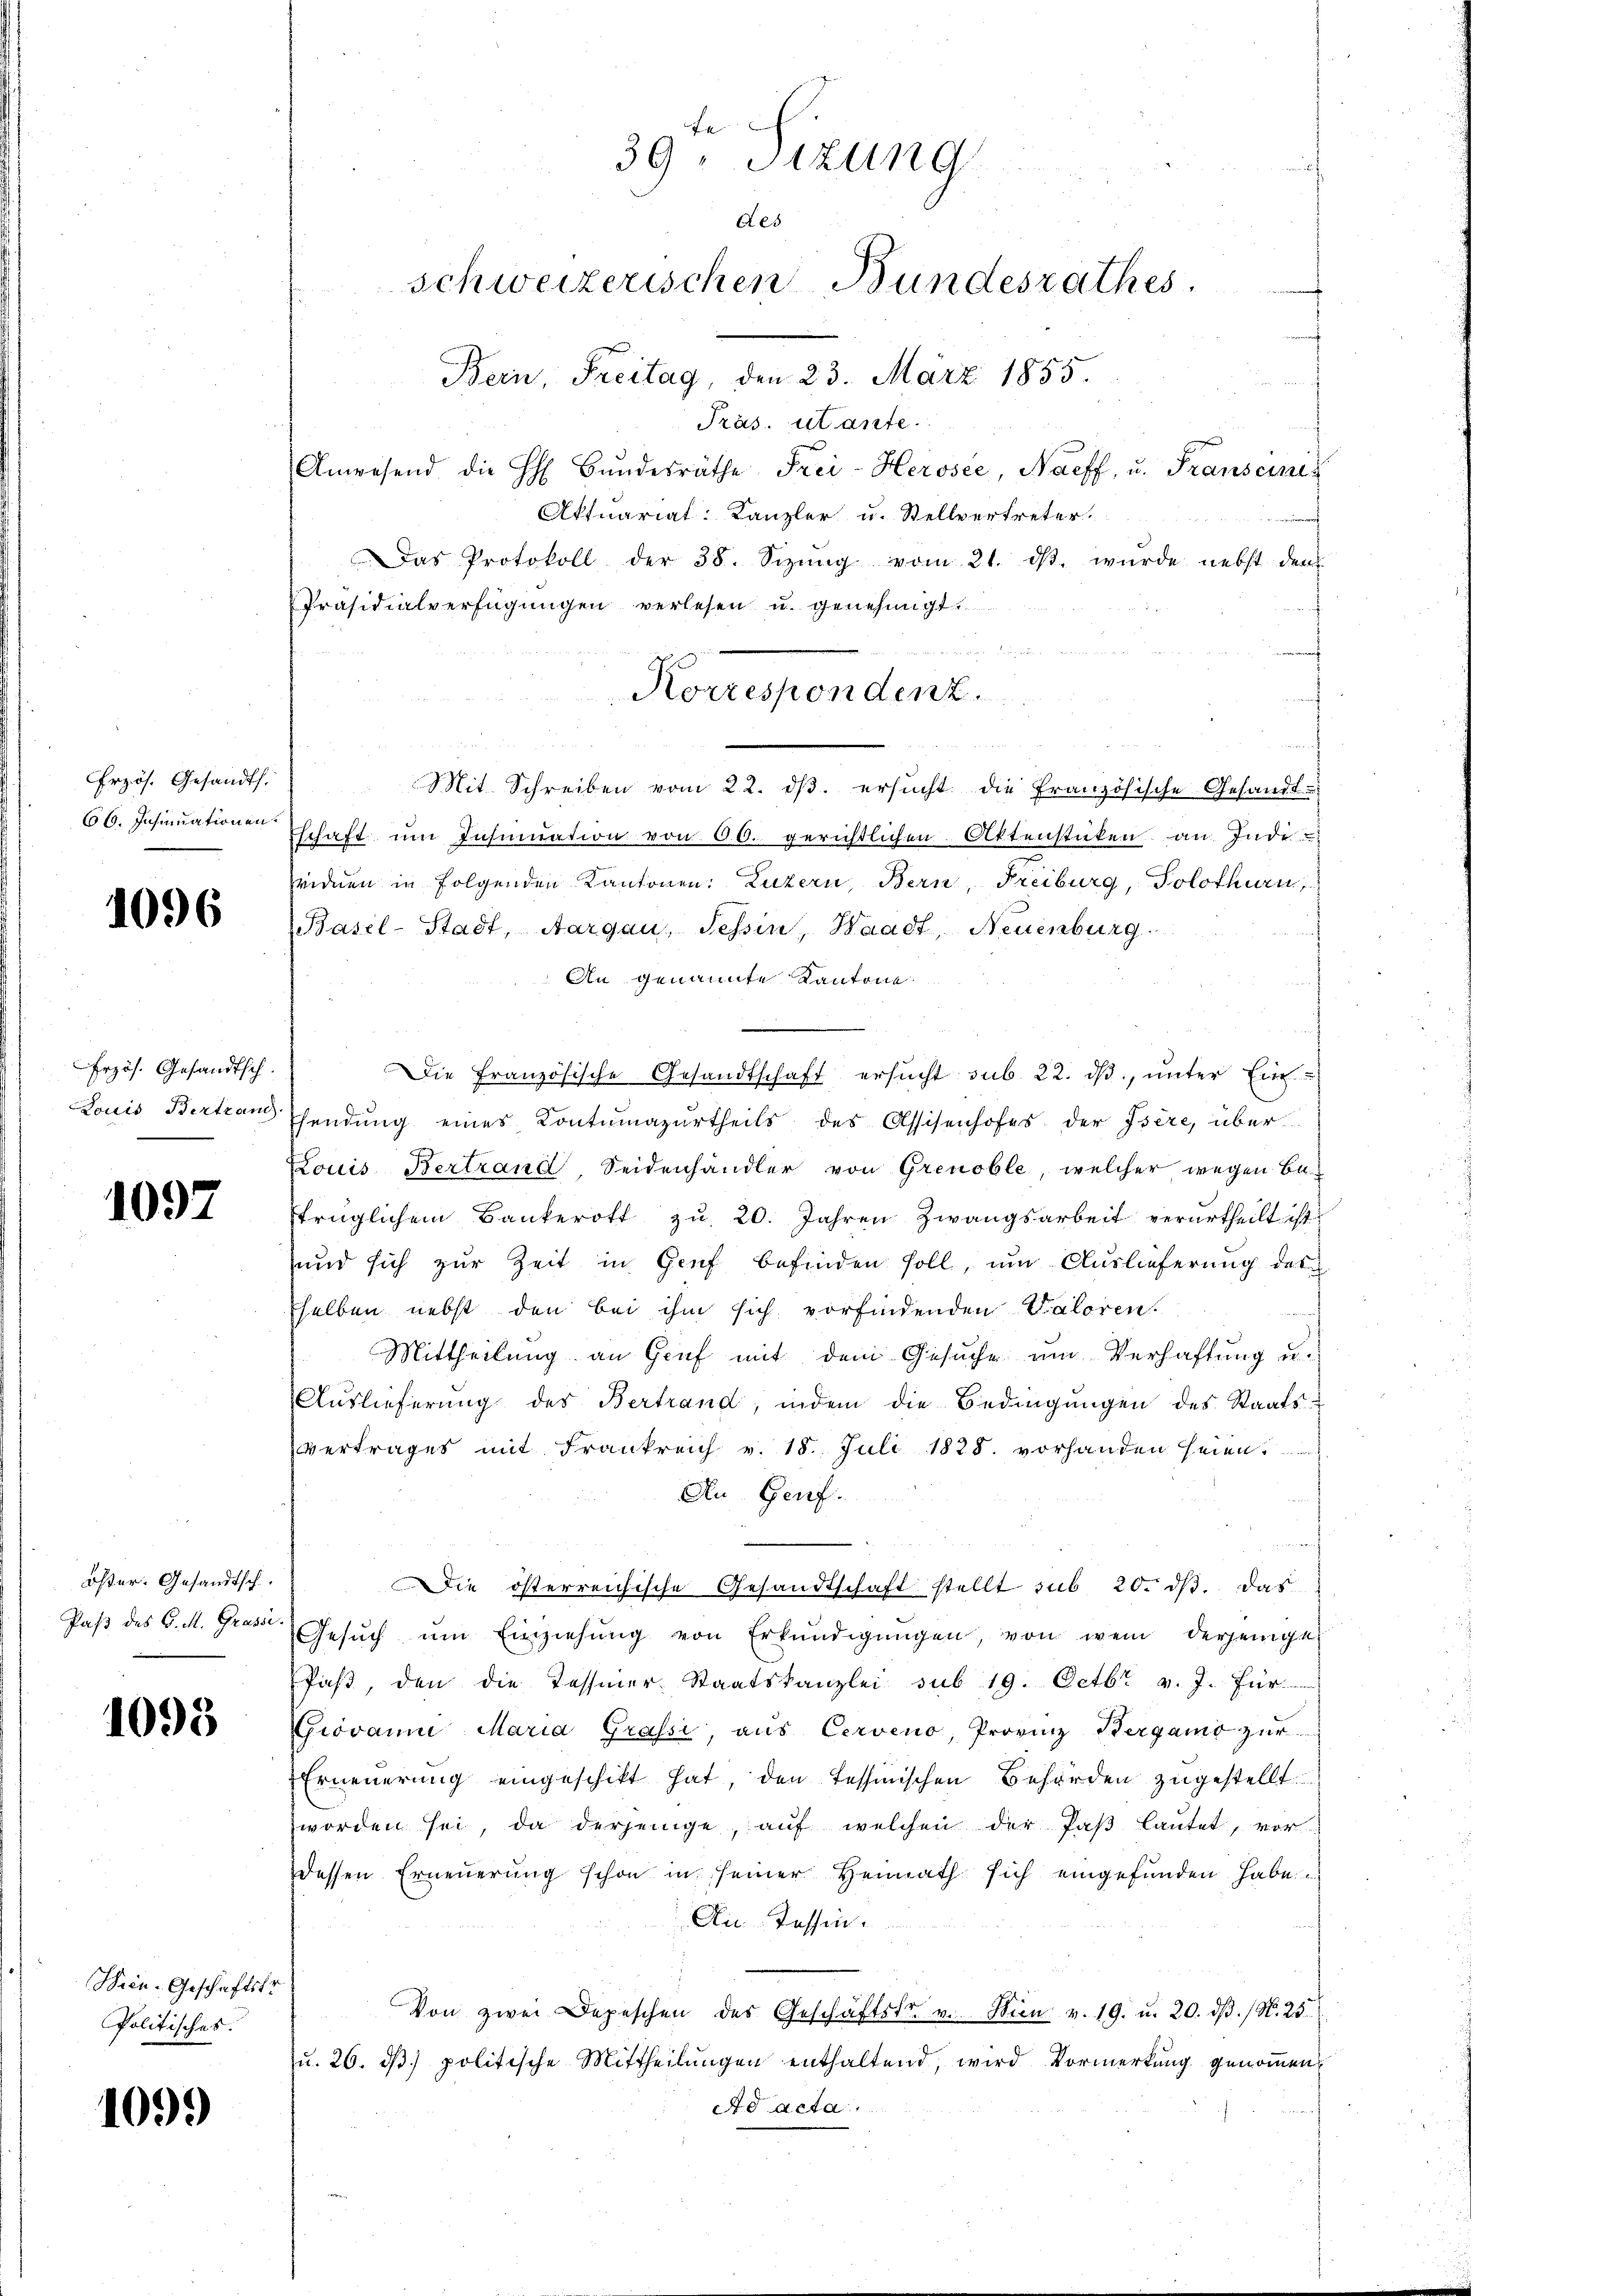
Erzös. Gesandts

1096

Frzös. Gesandtsch.

1097

öster. Gesandtsch
Paß des C. M. Grassi

1093

Sein Geschäftstr
Politisches.

1099

Anwesend die HH Bŭndesräthe Frei-Herosée, Naeff, u. Franseines
Aktuariat: Kanzler u. Stellvertreter.
Das Protokoll der 38. Sizŭng vom 21. dβ. wurde nebst dem
Mit Schreiben vom 22. dβ. ersucht die Französische Gesandt-
66. Insinuationen schaft ŭm Insinuation von 60. gerichtlichen Aktenstücken an Indi-
heiden in folgenden Kantonen: Luzern, Bern, Freiburg, Solothurn
Basel-Stadt, Aargau, Tessin, Waadt, Neuenburg.
An genannte Kantone
Die Französische Gesandtschaft ersucht sub. 22. ds., unter Ein¬
Louis Bertrau sendung eines Kontumazurtheils des Assisenhofes der Isere, über
Louis Bertrand, Seidenhändler von Grenoble, welcher wegen Betrüglichem Bankerott zu 20. Jahren Zwangsarbeit verurtheilt ist
und sich zur Zeit in Genf befinden soll, um Auslieferung des
selben nebst den bei ihm sich vorfindenden Valoren.
1252
Mittheilung an Genf mit dem Gesuche um Verhaftung u.
Auslieferŭng des Bertrand, indem die Bedingŭngen des Staatsvertrages mit Frankreich v. 18. Juli 1828. vorhanden seien.
An Genf.
Die österreichische Gesandtschaft stellt sub 20. dβ das
Gesŭch ŭm Einziehŭng von Erkŭndigŭngen, von wem derjenige
faβ, den die Tessiner Staatskanzlei sub 19. Octbr. v. J. für
Giovanne Maria Grassi, aŭs Cerveno, Provinz Hergamo zŭr
Erneuerung eingeschikt hat, den Tessinischen Behörden zugestellt
worden sei, da derjenige, aŭf welchen der Paβ laŭtet, vor
dessen Erneuerung schon in seiner Heimath sich eingefunden habe
An Tessin.
Von zwei Depeschen des Geschäftstr. v. Wien v. 19. u. 20. dβ. / N. 25.
u. 26. dβ. politische Mittheilŭngen enthaltend, wird Vormerkung genommen,
Ad acta.

Fe
39. Sizung
Aes
schweizerischen Bundesrathes
Bern, Freitag, den 23. März 1855.
Präs. Mante.

Präsidialverfügungen verlesen u. genehmigt.
 w e
Korrespondenz.